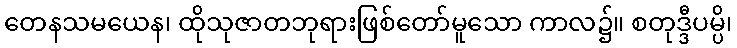
တေနသမယေန၊ ထိုသုဇာတဘုရားဖြစ်တော်မူသော ကာလ၌။ စတုဒ္ဒီပမ္ပိ၊